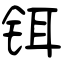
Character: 铒